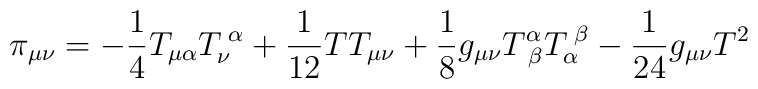
\pi_{\mu\nu} = -\frac{1}{4}T_{\mu\alpha}T^{\;\alpha}_{\nu} +\frac{1}{12}TT_{\mu\nu} +\frac{1}{8}g_{\mu\nu}T^{\alpha}_{\;\beta} T^{\;\beta}_{\alpha}-\frac{1}{24}g_{\mu\nu}T^2